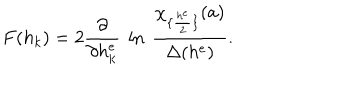
F ( h _ { k } ) = 2 { \frac { \partial } { \partial h _ { k } ^ { e } } } ~ \ln \ { \frac { \chi _ { \{ { \frac { h ^ { e } } { 2 } } \} } ( a ) } { \Delta ( h ^ { e } ) } } .